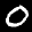
Label: 0